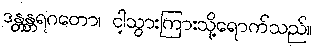
ဒန္တန္တရဂတော၊ ငါ့သွားကြားသို့ရောက်သည်။